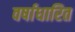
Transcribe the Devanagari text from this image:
वर्षाधारित